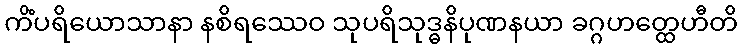
ကိံပရိယောသာနာ နစိရဿေဝ သုပရိသုဒ္ဓနိပုဏနယာ ခဂ္ဂဟတ္ထေဟီတိ